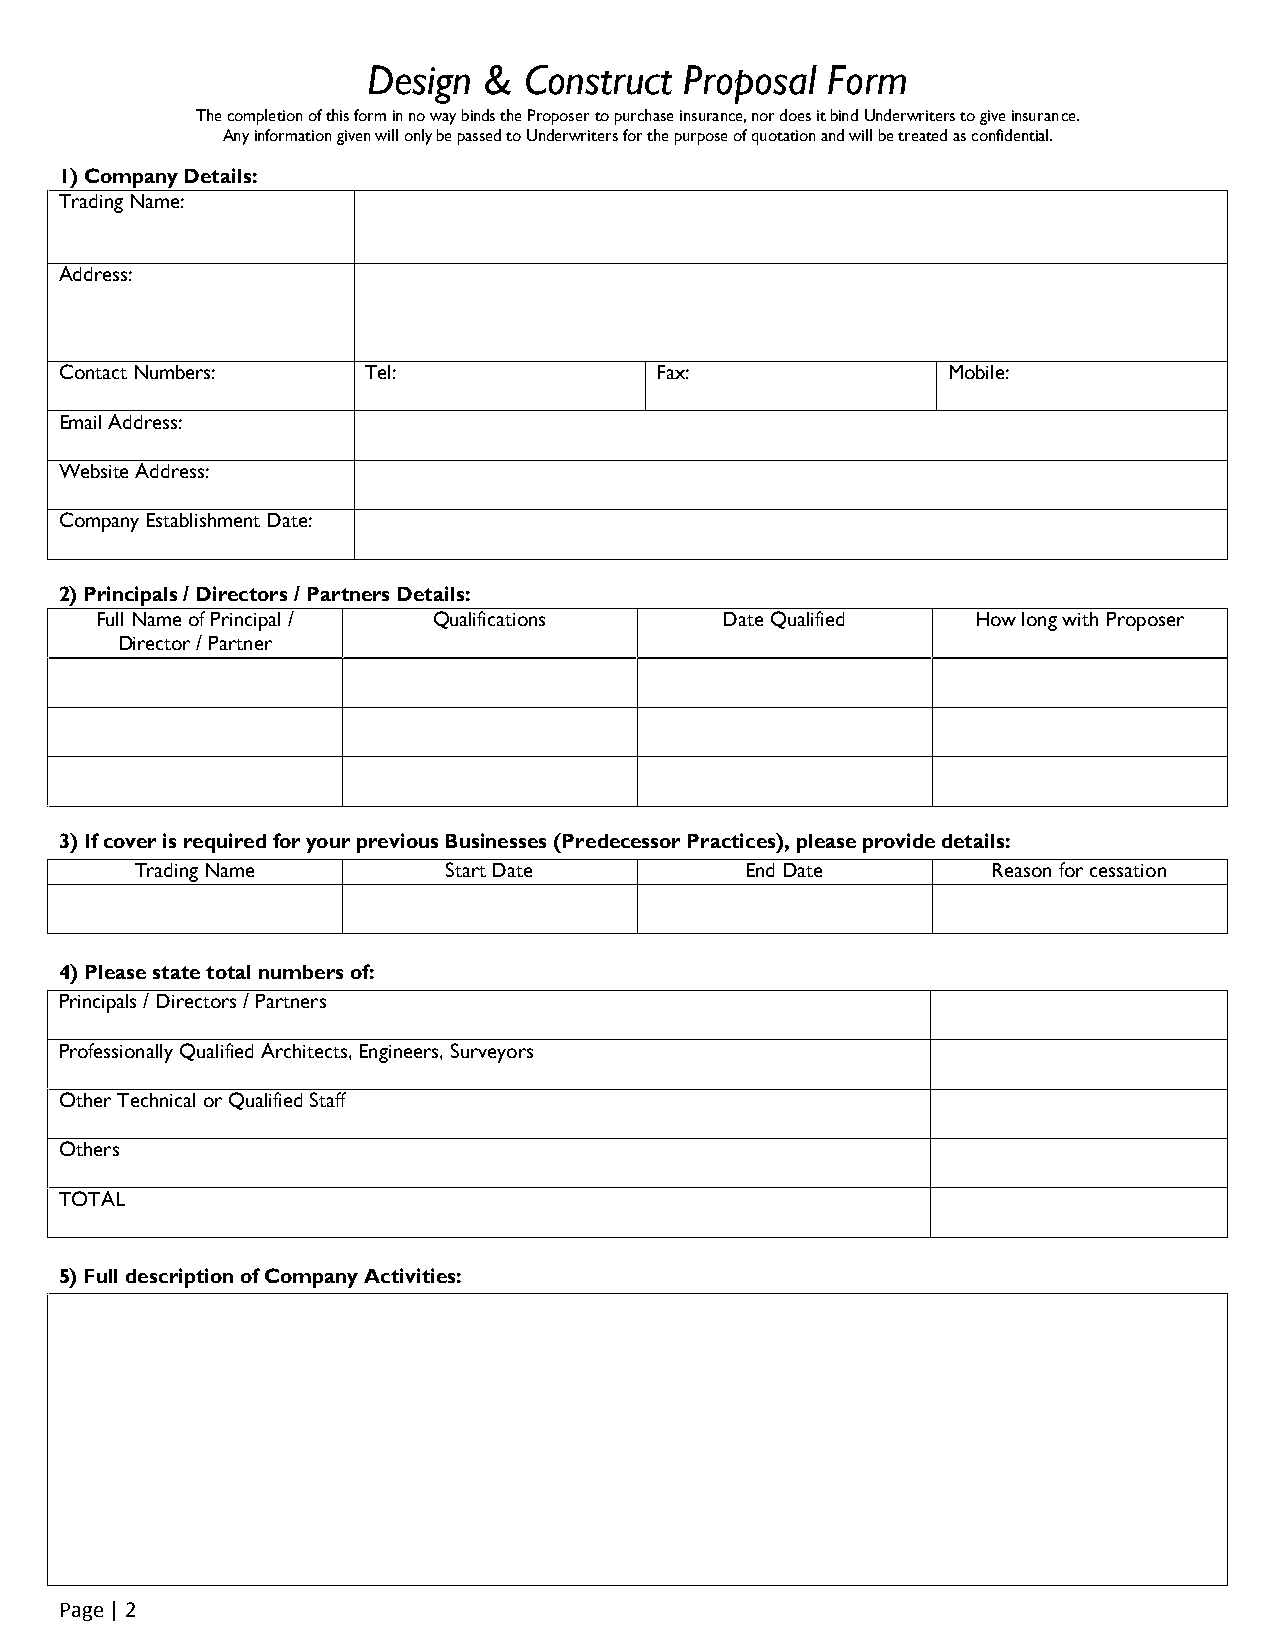
Design  &  Construct Proposal  Form
 The completion of this form in no way binds the Proposer to purchase insurance, nor does it bind Underwriters to give insurance.
 Any information given will only be passed to Underwriters for the purpose of quotation and will be treated as confidential.
 1) Company Details:
 Trading Name:
 Address:
 Contact Numbers:    Tel:               Fax:                Mobile:
 Email Address:
 Website Address:
 Company Establishment Date:
 2) Principals / Directors / Partners Details:
 Full Name of Principal / Qualifications   Date Qualified   How long with Proposer
 Director / Partner
 3) If cover is required for your previous Businesses (Predecessor Practices), please provide details:
 Trading Name         Start Date         End Date         Reason for cessation
 4) Please state total numbers of:
 Principals / Directors / Partners
 Professionally Qualified Architects, Engineers, Surveyors
 Other Technical or Qualified Staff
 Others
 TOTAL
 5) Full description of Company Activities:
 Page | 2